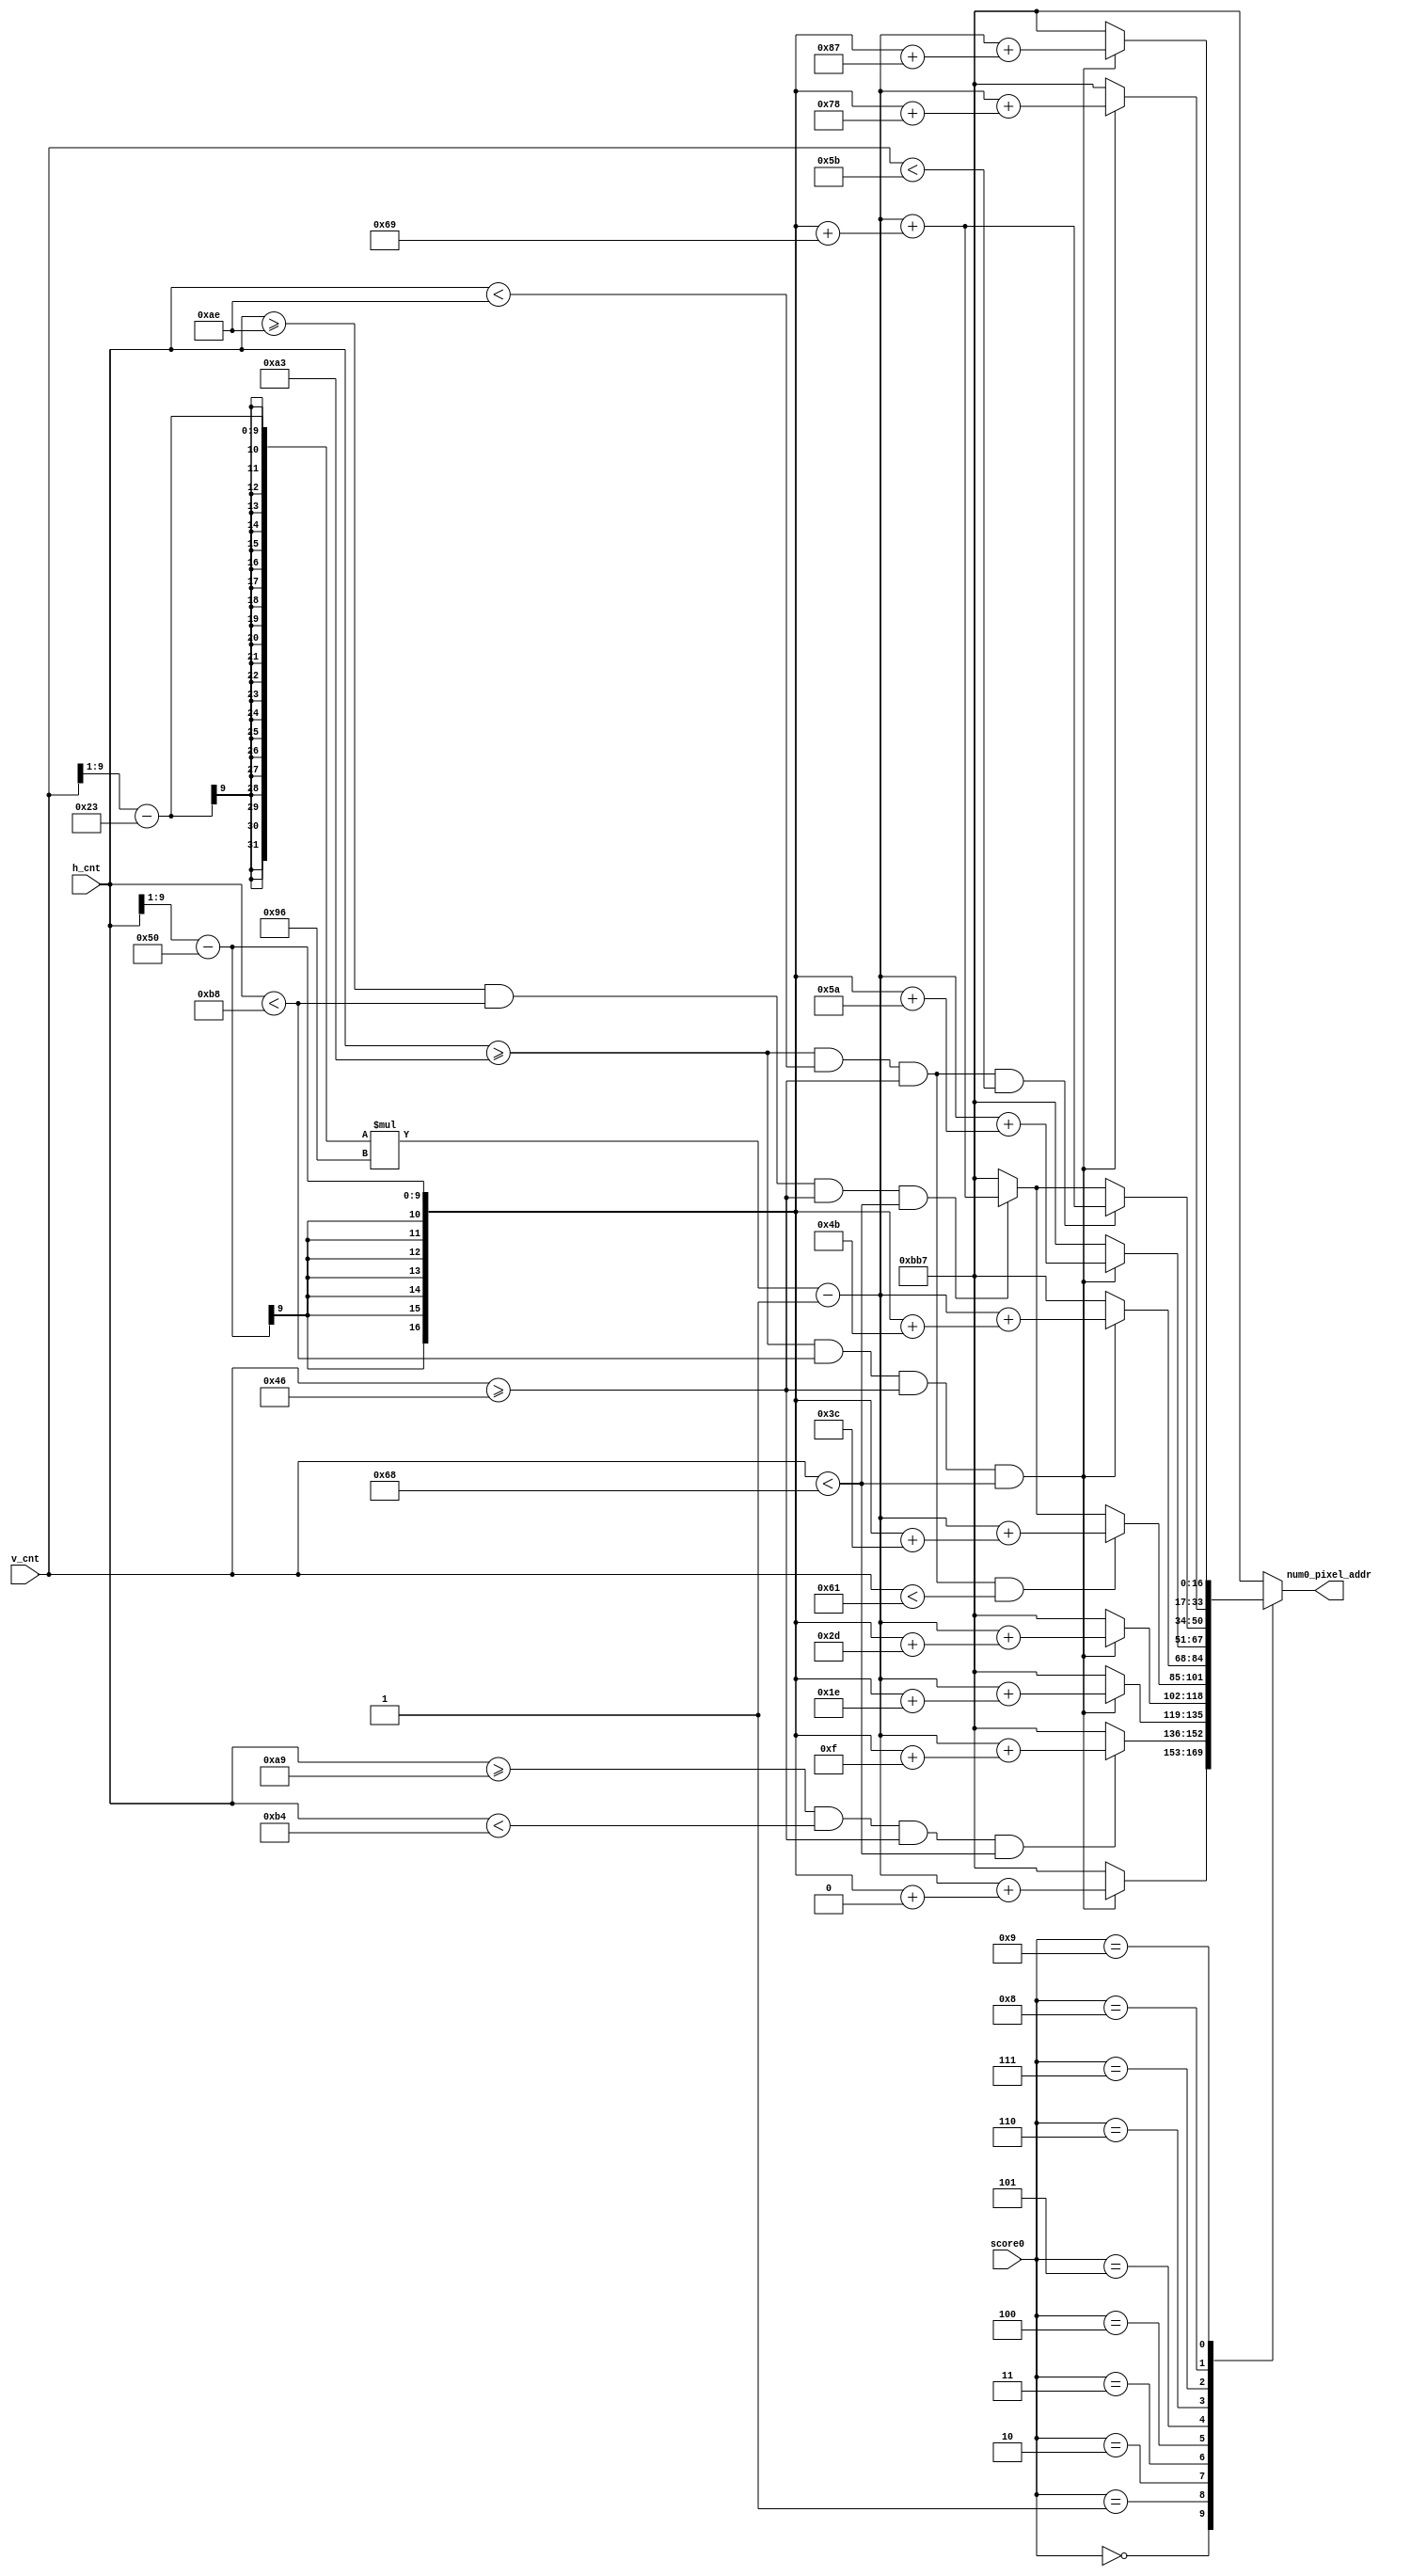
module mem_addr_gen_num0(
            input [9:0] h_cnt,
            input [9:0] v_cnt,
            input [3:0] score0,
            output reg [16:0] num0_pixel_addr
        ); 

    always @ (*) begin
        case(score0)
        4'd0: if(h_cnt >= 163 && h_cnt < 184 && v_cnt >= 70 && v_cnt < 104) 
                    num0_pixel_addr = ((v_cnt >> 1) - 35)* 150 - 1 + ((h_cnt >> 1) - 80 + 15*0);
              else
                    num0_pixel_addr =  16'd2999;   
        4'd1: if(h_cnt >= 169 && h_cnt < 180 && v_cnt >= 70 && v_cnt < 104) 
                    num0_pixel_addr = ((v_cnt >> 1) - 35)* 150 - 1 + ((h_cnt >> 1) - 80 + 15*1);
              else
                    num0_pixel_addr =  16'd2999; 
        4'd2: if(h_cnt >= 163 && h_cnt < 184 && v_cnt >= 70 && v_cnt < 104) 
                    num0_pixel_addr = ((v_cnt >> 1) - 35)* 150 - 1 + ((h_cnt >> 1) - 80 + 15*2);
              else
                    num0_pixel_addr =  16'd2999; 
        4'd3: if(h_cnt >= 163 && h_cnt < 184 && v_cnt >= 70 && v_cnt < 104) 
                    num0_pixel_addr = ((v_cnt >> 1) - 35)* 150 - 1 + ((h_cnt >> 1) - 80 + 15*3);
              else 
                    num0_pixel_addr =  16'd2999; 
        4'd4: if(h_cnt >= 163 && h_cnt < 174 && v_cnt >= 70 && v_cnt < 97) 
                    num0_pixel_addr = ((v_cnt >> 1) - 35)* 150 - 1 + ((h_cnt >> 1) - 80 + 15*4);
              else if(h_cnt >= 174 && h_cnt < 184 && v_cnt >= 70 && v_cnt < 104)
                    num0_pixel_addr = ((v_cnt >> 1) - 35)* 150 - 1 + ((h_cnt >> 1) - 80 + 15*7);      
              else 
                    num0_pixel_addr =  16'd2999; 
        4'd5: if(h_cnt >= 163 && h_cnt < 184 && v_cnt >= 70 && v_cnt < 104) 
                    num0_pixel_addr = ((v_cnt >> 1) - 35)* 150 - 1 + ((h_cnt >> 1) - 80 + 15*5);
              else 
                    num0_pixel_addr =  16'd2999; 
        4'd6: if(h_cnt >= 163 && h_cnt < 184 && v_cnt >= 70 && v_cnt < 104) 
                    num0_pixel_addr = ((v_cnt >> 1) - 35)* 150 - 1 + ((h_cnt >> 1) - 80 + 15*6);
              else 
                    num0_pixel_addr =  16'd2999; 
        4'd7: if(h_cnt >= 163 && h_cnt < 174 && v_cnt >= 70 && v_cnt < 91) 
                    num0_pixel_addr = ((v_cnt >> 1) - 35)* 150 - 1 + ((h_cnt >> 1) - 80 + 15*7);
              else if(h_cnt >= 174 && h_cnt < 184 && v_cnt >= 70 && v_cnt < 104)
                    num0_pixel_addr = ((v_cnt >> 1) - 35)* 150 - 1 + ((h_cnt >> 1) - 80 + 15*7);
              else
                    num0_pixel_addr = 16'd2999; 
        4'd8: if(h_cnt >= 163 && h_cnt < 184 && v_cnt >= 70 && v_cnt < 104) 
                    num0_pixel_addr = ((v_cnt >> 1) - 35)* 150 - 1 + ((h_cnt >> 1) - 80 + 15*8);
              else 
                    num0_pixel_addr =  16'd2999; 
        4'd9: if(h_cnt >= 163 && h_cnt < 184 && v_cnt >= 70 && v_cnt < 104) 
                    num0_pixel_addr = ((v_cnt >> 1) - 35)* 150 - 1 + ((h_cnt >> 1) - 80 + 15*9);
              else 
                    num0_pixel_addr =  16'd2999; 
        default: num0_pixel_addr =  16'd2999; 
        endcase
    end   

endmodule

module mem_addr_gen_num1(
            input [9:0] h_cnt,
            input [9:0] v_cnt,
            input [3:0] score1,
            output reg [16:0] num1_pixel_addr
        ); 
        
    always @ (*) begin
            case(score1)
            4'd0: num1_pixel_addr =  16'd2999;   
            4'd1: if(h_cnt >= 139 && h_cnt < 150 && v_cnt >= 70 && v_cnt < 104) 
                        num1_pixel_addr = ((v_cnt >> 1) - 35)* 150 - 1 + ((h_cnt >> 1) - 65 + 15*1);
                  else
                        num1_pixel_addr =  16'd2999; 
            4'd2: if(h_cnt >= 133 && h_cnt < 154 && v_cnt >= 70 && v_cnt < 104) 
                        num1_pixel_addr = ((v_cnt >> 1) - 35)* 150 - 1 + ((h_cnt >> 1) - 65 + 15*2);
                  else
                        num1_pixel_addr =  16'd2999;
            4'd3: if(h_cnt >= 133 && h_cnt < 154 && v_cnt >= 70 && v_cnt < 104) 
                        num1_pixel_addr = ((v_cnt >> 1) - 35)* 150 - 1 + ((h_cnt >> 1) - 65 + 15*3);
                  else 
                        num1_pixel_addr = 16'd2999;
            4'd4: if(h_cnt >= 133 && h_cnt < 144 && v_cnt >= 70 && v_cnt < 97) 
                        num1_pixel_addr = ((v_cnt >> 1) - 35)* 150 - 1 + ((h_cnt >> 1) - 65 + 15*4);
                  else if(h_cnt >= 144 && h_cnt < 154 && v_cnt >= 70 && v_cnt < 104)
                        num1_pixel_addr = ((v_cnt >> 1) - 35)* 150 - 1 + ((h_cnt >> 1) - 65 + 15*7);      
                  else 
                        num1_pixel_addr = 16'd2999;
            4'd5: if(h_cnt >= 133 && h_cnt < 154 && v_cnt >= 70 && v_cnt < 104) 
                        num1_pixel_addr = ((v_cnt >> 1) - 35)* 150 - 1 + ((h_cnt >> 1) - 65 + 15*5);
                  else 
                        num1_pixel_addr = 16'd2999;
            4'd6: if(h_cnt >= 133 && h_cnt < 154 && v_cnt >= 70 && v_cnt < 104) 
                        num1_pixel_addr = ((v_cnt >> 1) - 35)* 150 - 1 + ((h_cnt >> 1) - 65 + 15*6);
                  else 
                        num1_pixel_addr = 16'd2999;
            4'd7: if(h_cnt >= 133 && h_cnt < 144 && v_cnt >= 70 && v_cnt < 91) 
                        num1_pixel_addr = ((v_cnt >> 1) - 35)* 150 - 1 + ((h_cnt >> 1) - 65 + 15*7);
                  else if(h_cnt >= 144 && h_cnt < 154 && v_cnt >= 70 && v_cnt < 104)
                        num1_pixel_addr = ((v_cnt >> 1) - 35)* 150 - 1 + ((h_cnt >> 1) - 65 + 15*7);
                  else
                        num1_pixel_addr = 16'd2999;
            4'd8: if(h_cnt >= 133 && h_cnt < 154 && v_cnt >= 70 && v_cnt < 104) 
                        num1_pixel_addr = ((v_cnt >> 1) - 35)* 150 - 1 + ((h_cnt >> 1) - 65 + 15*8);
                  else 
                        num1_pixel_addr = 16'd2999;
            4'd9: if(h_cnt >= 133 && h_cnt < 154 && v_cnt >= 70 && v_cnt < 104) 
                        num1_pixel_addr = ((v_cnt >> 1) - 35)* 150 - 1 + ((h_cnt >> 1) - 65 + 15*9);
                  else 
                        num1_pixel_addr = 16'd2999;
            default: num1_pixel_addr = 16'd2999;
            endcase
        end      

endmodule

module score_pixel_gen(
       input [9:0] h_cnt, 
       input [9:0] v_cnt,
       input [11:0] num0_pixel,
       input [11:0] num1_pixel,
       output reg [11:0] score_pixel
    );    
    
    always @ (*) begin
        if(h_cnt >= 160 && h_cnt < 190 && v_cnt >= 70 && v_cnt < 110)
            score_pixel = num0_pixel;
        else if(h_cnt >= 130 && h_cnt < 160 && v_cnt >= 70 && v_cnt < 110) 
            score_pixel = num1_pixel;
        else
            score_pixel = num0_pixel;
    end
endmodule